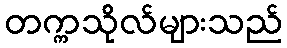
တက္ကသိုလ်များသည်